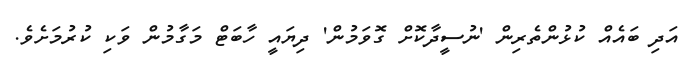
އަދި ބައެއް ކުޅުންތެރިން 'ނުސީދާކޮށް ގޮވަމުން' ދިޔައީ ހާބަޓް މަގާމުން ވަކި ކުރުމަށެވެ.